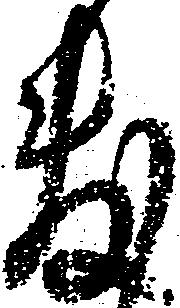
敷